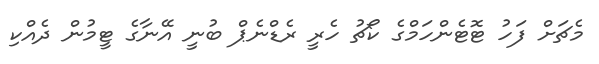
މެޗަށް ފަހު ޓޮޓެންހަމްގެ ކޯޗު ހެރީ ރެޑްނެޕް ބުނީ އޭނާގެ ޓީމުން ދެއްކި